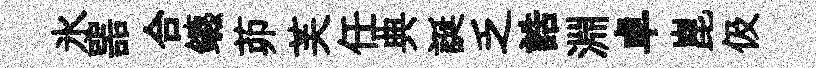
氷噐合鑣茆芙任典誕乏誥淵卓崑伋